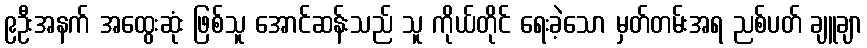
၉ဦးအနက် အထွေးဆုံး ဖြစ်သူ အောင်ဆန်းသည် သူ ကိုယ်တိုင် ရေးခဲ့သော မှတ်တမ်းအရ ညစ်ပတ် ချူချာ